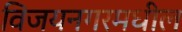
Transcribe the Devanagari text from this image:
विजयनगरमधील